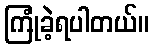
ကြုံခဲ့ရပါတယ်။